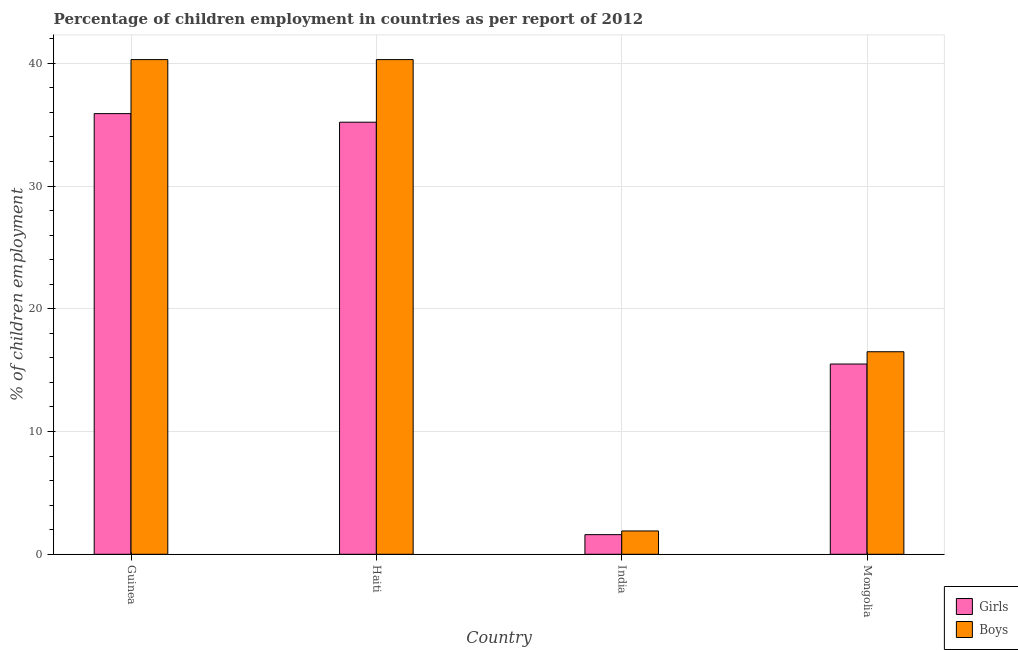
| Country | Girls | Boys |
 | --- | --- | --- |
 | Guinea | 35.9 | 40.3 |
 | Haiti | 35.2 | 40.3 |
 | India | 1.6 | 1.9 |
 | Mongolia | 15.5 | 16.5 |